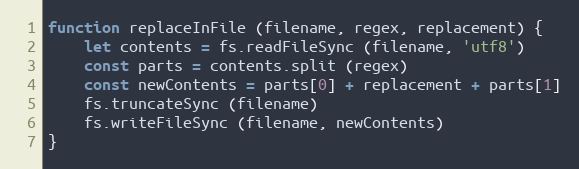
Language: JavaScript
function replaceInFile (filename, regex, replacement) {
    let contents = fs.readFileSync (filename, 'utf8')
    const parts = contents.split (regex)
    const newContents = parts[0] + replacement + parts[1]
    fs.truncateSync (filename)
    fs.writeFileSync (filename, newContents)
}